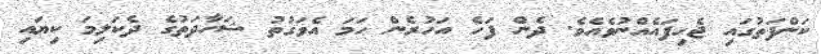
ކަންފަތުގައި ޖެހިފައެއްނުވެއެވެ. ދެން ފަހެ އަހުރެން ހަމަ އެވަގުތު ޝަހާދަތުގެ ދެކަލިމަ ކިޔައި